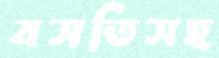
বসতিসহ